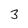
Character: 3